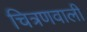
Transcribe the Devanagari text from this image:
चित्रणवाली